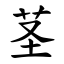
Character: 茎